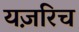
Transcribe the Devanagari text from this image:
यज़रिच